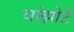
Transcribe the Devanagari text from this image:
वांझोटे